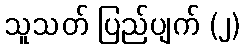
သူသတ် ပြည်ပျက် (၂)